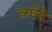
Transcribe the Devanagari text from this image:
वघेरे